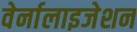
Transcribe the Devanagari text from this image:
वेर्नालाइजेशन